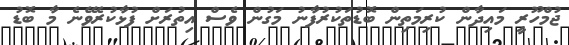
ޖުމްހޫރީ މައިދާން ކުރިމަތިން ބޮޑުތަކުރުފާނު މަގުން ވެސް އިތުރަށް ފުޅާކުރެވޭނެ މާ ބޮޑު